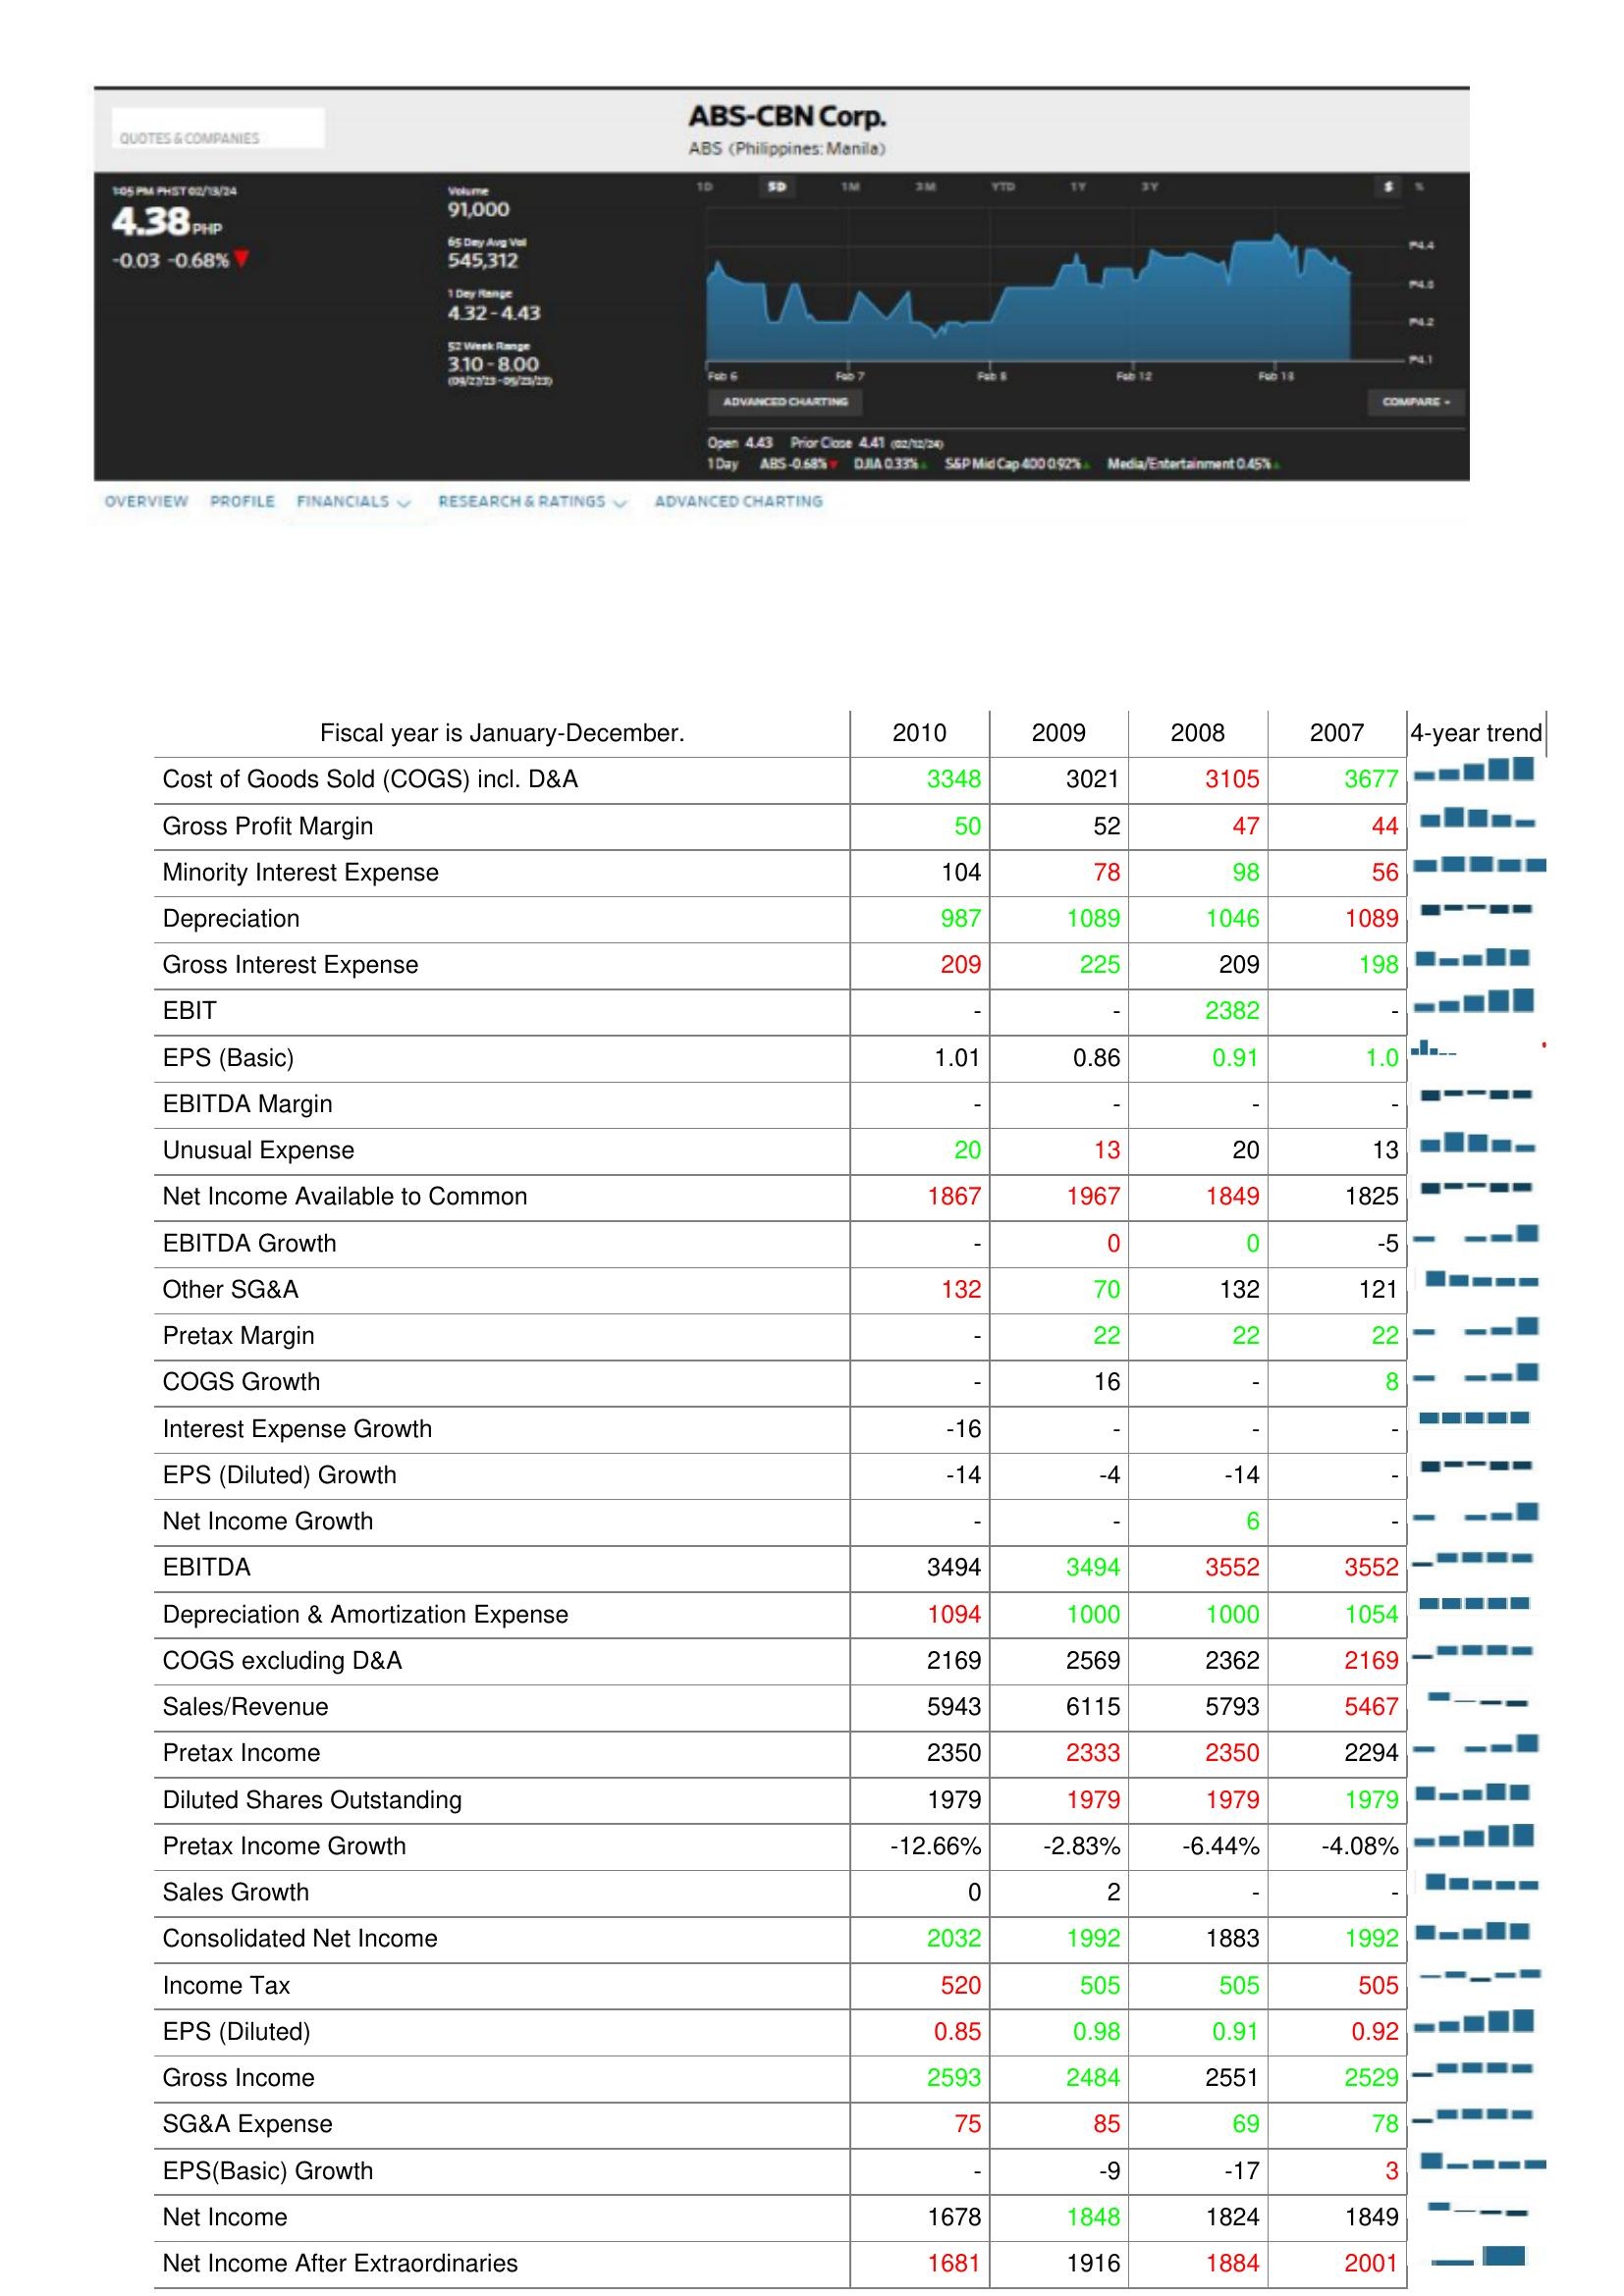
2010: : Cost of Goods Sold (COGS) incl. D&A: 3348
Gross Profit Margin: 50
Minority Interest Expense: 104
Depreciation: 987
Gross Interest Expense: 209
EBIT: -
EPS (Basic): 1.01
EBITDA Margin: -
Unusual Expense: 20
Net Income Available to Common: 1867
EBITDA Growth: -
Other SG&A: 132
Pretax Margin: -
COGS Growth: -
Interest Expense Growth: -16
EPS (Diluted) Growth: -14
Net Income Growth: -
EBITDA: 3494
Depreciation & Amortization Expense: 1094
COGS excluding D&A: 2169
Sales/Revenue: 5943
Pretax Income: 2350
Diluted Shares Outstanding: 1979
Pretax Income Growth: -12.66%
Sales Growth: 0
Consolidated Net Income: 2032
Income Tax: 520
EPS (Diluted): 0.85
Gross Income: 2593
SG&A Expense: 75
EPS(Basic) Growth: -
Net Income: 1678
Net Income After Extraordinaries: 1681
2009: : Cost of Goods Sold (COGS) incl. D&A: 3021
Gross Profit Margin: 52
Minority Interest Expense: 78
Depreciation: 1089
Gross Interest Expense: 225
EBIT: -
EPS (Basic): 0.86
EBITDA Margin: -
Unusual Expense: 13
Net Income Available to Common: 1967
EBITDA Growth: 0
Other SG&A: 70
Pretax Margin: 22
COGS Growth: 16
Interest Expense Growth: -
EPS (Diluted) Growth: -4
Net Income Growth: -
EBITDA: 3494
Depreciation & Amortization Expense: 1000
COGS excluding D&A: 2569
Sales/Revenue: 6115
Pretax Income: 2333
Diluted Shares Outstanding: 1979
Pretax Income Growth: -2.83%
Sales Growth: 2
Consolidated Net Income: 1992
Income Tax: 505
EPS (Diluted): 0.98
Gross Income: 2484
SG&A Expense: 85
EPS(Basic) Growth: -9
Net Income: 1848
Net Income After Extraordinaries: 1916
2008: : Cost of Goods Sold (COGS) incl. D&A: 3105
Gross Profit Margin: 47
Minority Interest Expense: 98
Depreciation: 1046
Gross Interest Expense: 209
EBIT: 2382
EPS (Basic): 0.91
EBITDA Margin: -
Unusual Expense: 20
Net Income Available to Common: 1849
EBITDA Growth: 0
Other SG&A: 132
Pretax Margin: 22
COGS Growth: -
Interest Expense Growth: -
EPS (Diluted) Growth: -14
Net Income Growth: 6
EBITDA: 3552
Depreciation & Amortization Expense: 1000
COGS excluding D&A: 2362
Sales/Revenue: 5793
Pretax Income: 2350
Diluted Shares Outstanding: 1979
Pretax Income Growth: -6.44%
Sales Growth: -
Consolidated Net Income: 1883
Income Tax: 505
EPS (Diluted): 0.91
Gross Income: 2551
SG&A Expense: 69
EPS(Basic) Growth: -17
Net Income: 1824
Net Income After Extraordinaries: 1884
2007: : Cost of Goods Sold (COGS) incl. D&A: 3677
Gross Profit Margin: 44
Minority Interest Expense: 56
Depreciation: 1089
Gross Interest Expense: 198
EBIT: -
EPS (Basic): 1.0
EBITDA Margin: -
Unusual Expense: 13
Net Income Available to Common: 1825
EBITDA Growth: -5
Other SG&A: 121
Pretax Margin: 22
COGS Growth: 8
Interest Expense Growth: -
EPS (Diluted) Growth: -
Net Income Growth: -
EBITDA: 3552
Depreciation & Amortization Expense: 1054
COGS excluding D&A: 2169
Sales/Revenue: 5467
Pretax Income: 2294
Diluted Shares Outstanding: 1979
Pretax Income Growth: -4.08%
Sales Growth: -
Consolidated Net Income: 1992
Income Tax: 505
EPS (Diluted): 0.92
Gross Income: 2529
SG&A Expense: 78
EPS(Basic) Growth: 3
Net Income: 1849
Net Income After Extraordinaries: 2001